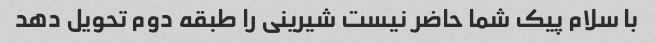
با سلام پیک شما حاضر نیست شیرینی را طبقه دوم تحویل دهد